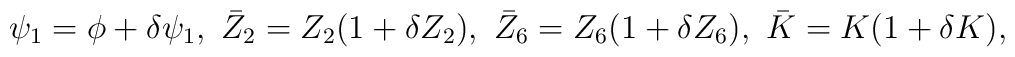
\psi_1 = \phi + \delta \psi_1,\  \bar{Z}_2 = Z_2 (1 + \delta Z_2),\ \bar{Z}_6 = Z_6 (1 + \delta Z_6),\  \bar{K} = K (1 + \delta K),